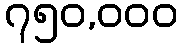
၇၅၀,၀၀၀